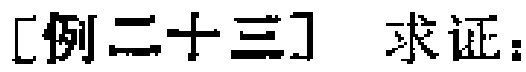
[例二十三] 求证：